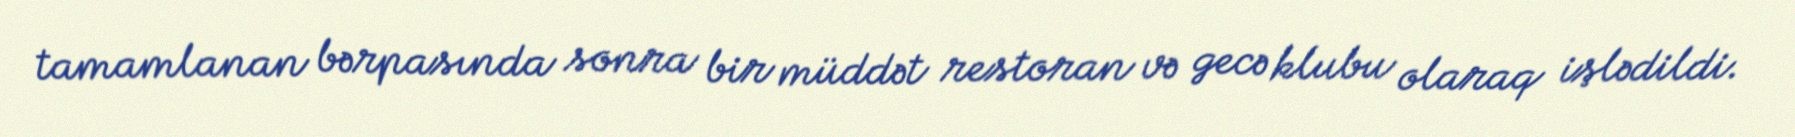
tamamlanan bərpasında sonra bir müddət restoran və gecə klubu olaraq işlədildi.